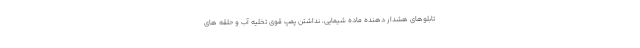
تابلوهای هشدار دهنده ماده شیمایی، نداشتن پمپ قوی تخلیه آب و حلقه های